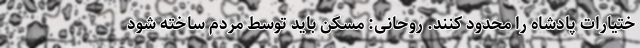
ختیارات پادشاه را محدود کنند. روحانی: مسکن باید توسط مردم ساخته شود